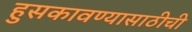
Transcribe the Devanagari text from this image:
हुसकावण्यासाठीची